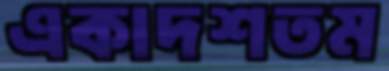
একাদশতম